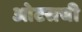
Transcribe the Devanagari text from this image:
ओटसची